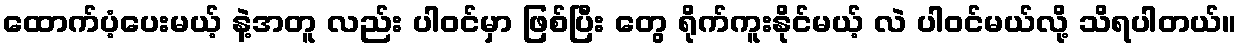
ထောက်ပံ့ပေးမယ့် နဲ့အတူ လည်း ပါဝင်မှာ ဖြစ်ပြီး တွေ ရိုက်ကူးနိုင်မယ့် လဲ ပါဝင်မယ်လို့ သိရပါတယ်။